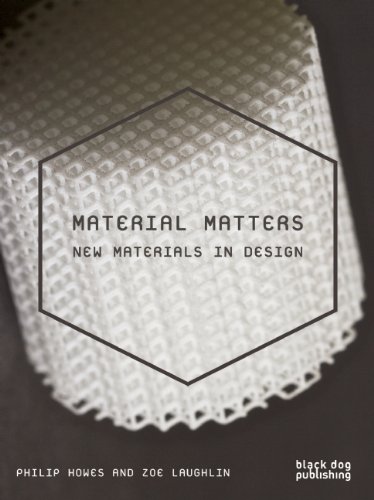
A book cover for Material Matters: New Materials in Design; Phil Howes; Arts & Photography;